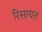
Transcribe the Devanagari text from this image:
रिसायत